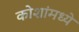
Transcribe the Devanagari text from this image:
कोशांमध्ये